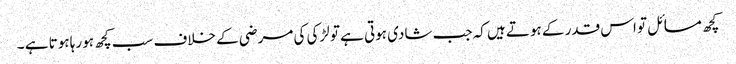
کچھ مسائل تو اس قدر کے ہوتے ہیں کہ جب شادی ہوتی ہے تو لڑکی کی مرضی کے خلاف سب کچھ ہو رہا ہوتا ہے ۔